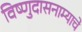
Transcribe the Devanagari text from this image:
विष्णुदासनाम्याचे